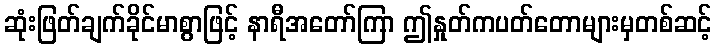
ဆုံးဖြတ်ချက်ခိုင်မာစွာဖြင့် နာရီအတော်ကြာ ဤနှုတ်ကပတ်တောများမှတစ်ဆင့်